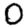
Digit: 0